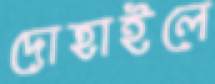
দোহাইলে